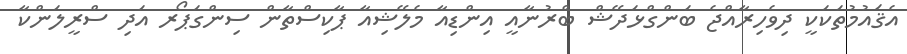
އެޤައުމުތަކަކީ ދިވެހިރާއްޖެ ބަންގްޅަދޭޝް ބްރުނާއީ އިންޑިއާ މެލޭޝިއާ ޕާކިސްތާން ސިންގަޕޯރ އަދި ސްރީލަންކާ